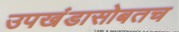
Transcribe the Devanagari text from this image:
उपखंडासोबतच